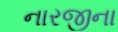
નારજીના